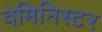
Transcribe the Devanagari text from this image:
वेमिनिस्टर